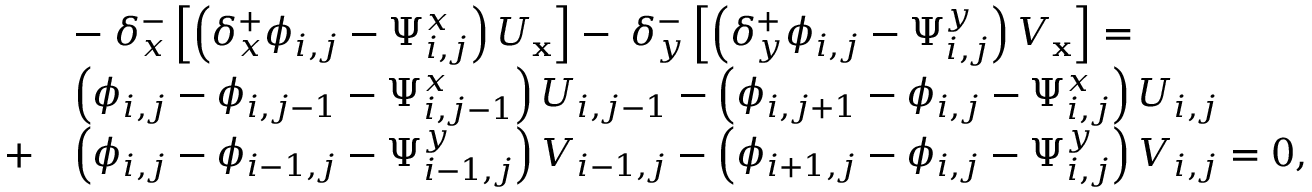
\begin{array} { r l } & { - \; \delta _ { x } ^ { - } \left[ \left( \delta _ { x } ^ { + } \phi _ { i , j } - \Psi _ { i , j } ^ { x } \right) U _ { \mathbf { x } } \right] - \; \delta _ { y } ^ { - } \left[ \left( \delta _ { y } ^ { + } \phi _ { i , j } - \Psi _ { i , j } ^ { y } \right) V _ { \mathbf { x } } \right] = } \\ & { \left( \phi _ { i , j } - \phi _ { i , j - 1 } - \Psi _ { i , j - 1 } ^ { x } \right) U _ { i , j - 1 } - \left( \phi _ { i , j + 1 } - \phi _ { i , j } - \Psi _ { i , j } ^ { x } \right) U _ { i , j } } \\ { + } & { \left( \phi _ { i , j } - \phi _ { i - 1 , j } - \Psi _ { i - 1 , j } ^ { y } \right) V _ { i - 1 , j } - \left( \phi _ { i + 1 , j } - \phi _ { i , j } - \Psi _ { i , j } ^ { y } \right) V _ { i , j } = 0 , } \end{array}